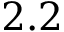
2 . 2